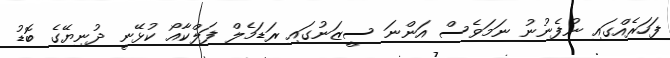
ފަހަރެއްގައި ނުފެނުނު ނަމަވެސް އަންނަ ސީޒަނުގައި ރަޑަމެލް ފަލްކާއޯ ކުޅޭނީ ދުނިޔޭގެ ބޮޑު